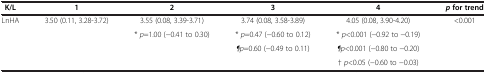
| K/L | 1 | 2 | 3 | 4 | pfor trend |
 | --- | --- | --- | --- | --- | --- |
 | LnHA | 3.50 (0.11, 3.28-3.72) | 3.55 (0.08, 3.39-3.71) | 3.74 (0.08, 3.58-3.89) | 4.05 (0.08, 3.90-4.20) | <0.001 |
 |  |  | * p=1.00 (−0.41 to 0.30) | * p=0.47 (−0.60 to 0.12) | * p<0.001 (−0.92 to −0.19) |  |
 |  |  |  | ¶p=0.60 (−0.49 to 0.11) | ¶p<0.001 (−0.80 to −0.20) |  |
 |  |  |  |  | † p<0.05 (−0.60 to −0.03) |  |